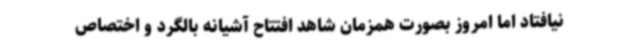
نیافتاد اما امروز بصورت همزمان شاهد افتتاح آشیانه بالگرد و اختصاص